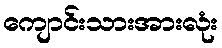
ကျောင်းသားအားလုံး